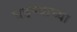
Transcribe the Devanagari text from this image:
घडण्याच्या